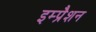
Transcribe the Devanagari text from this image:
इम्प्रैशन